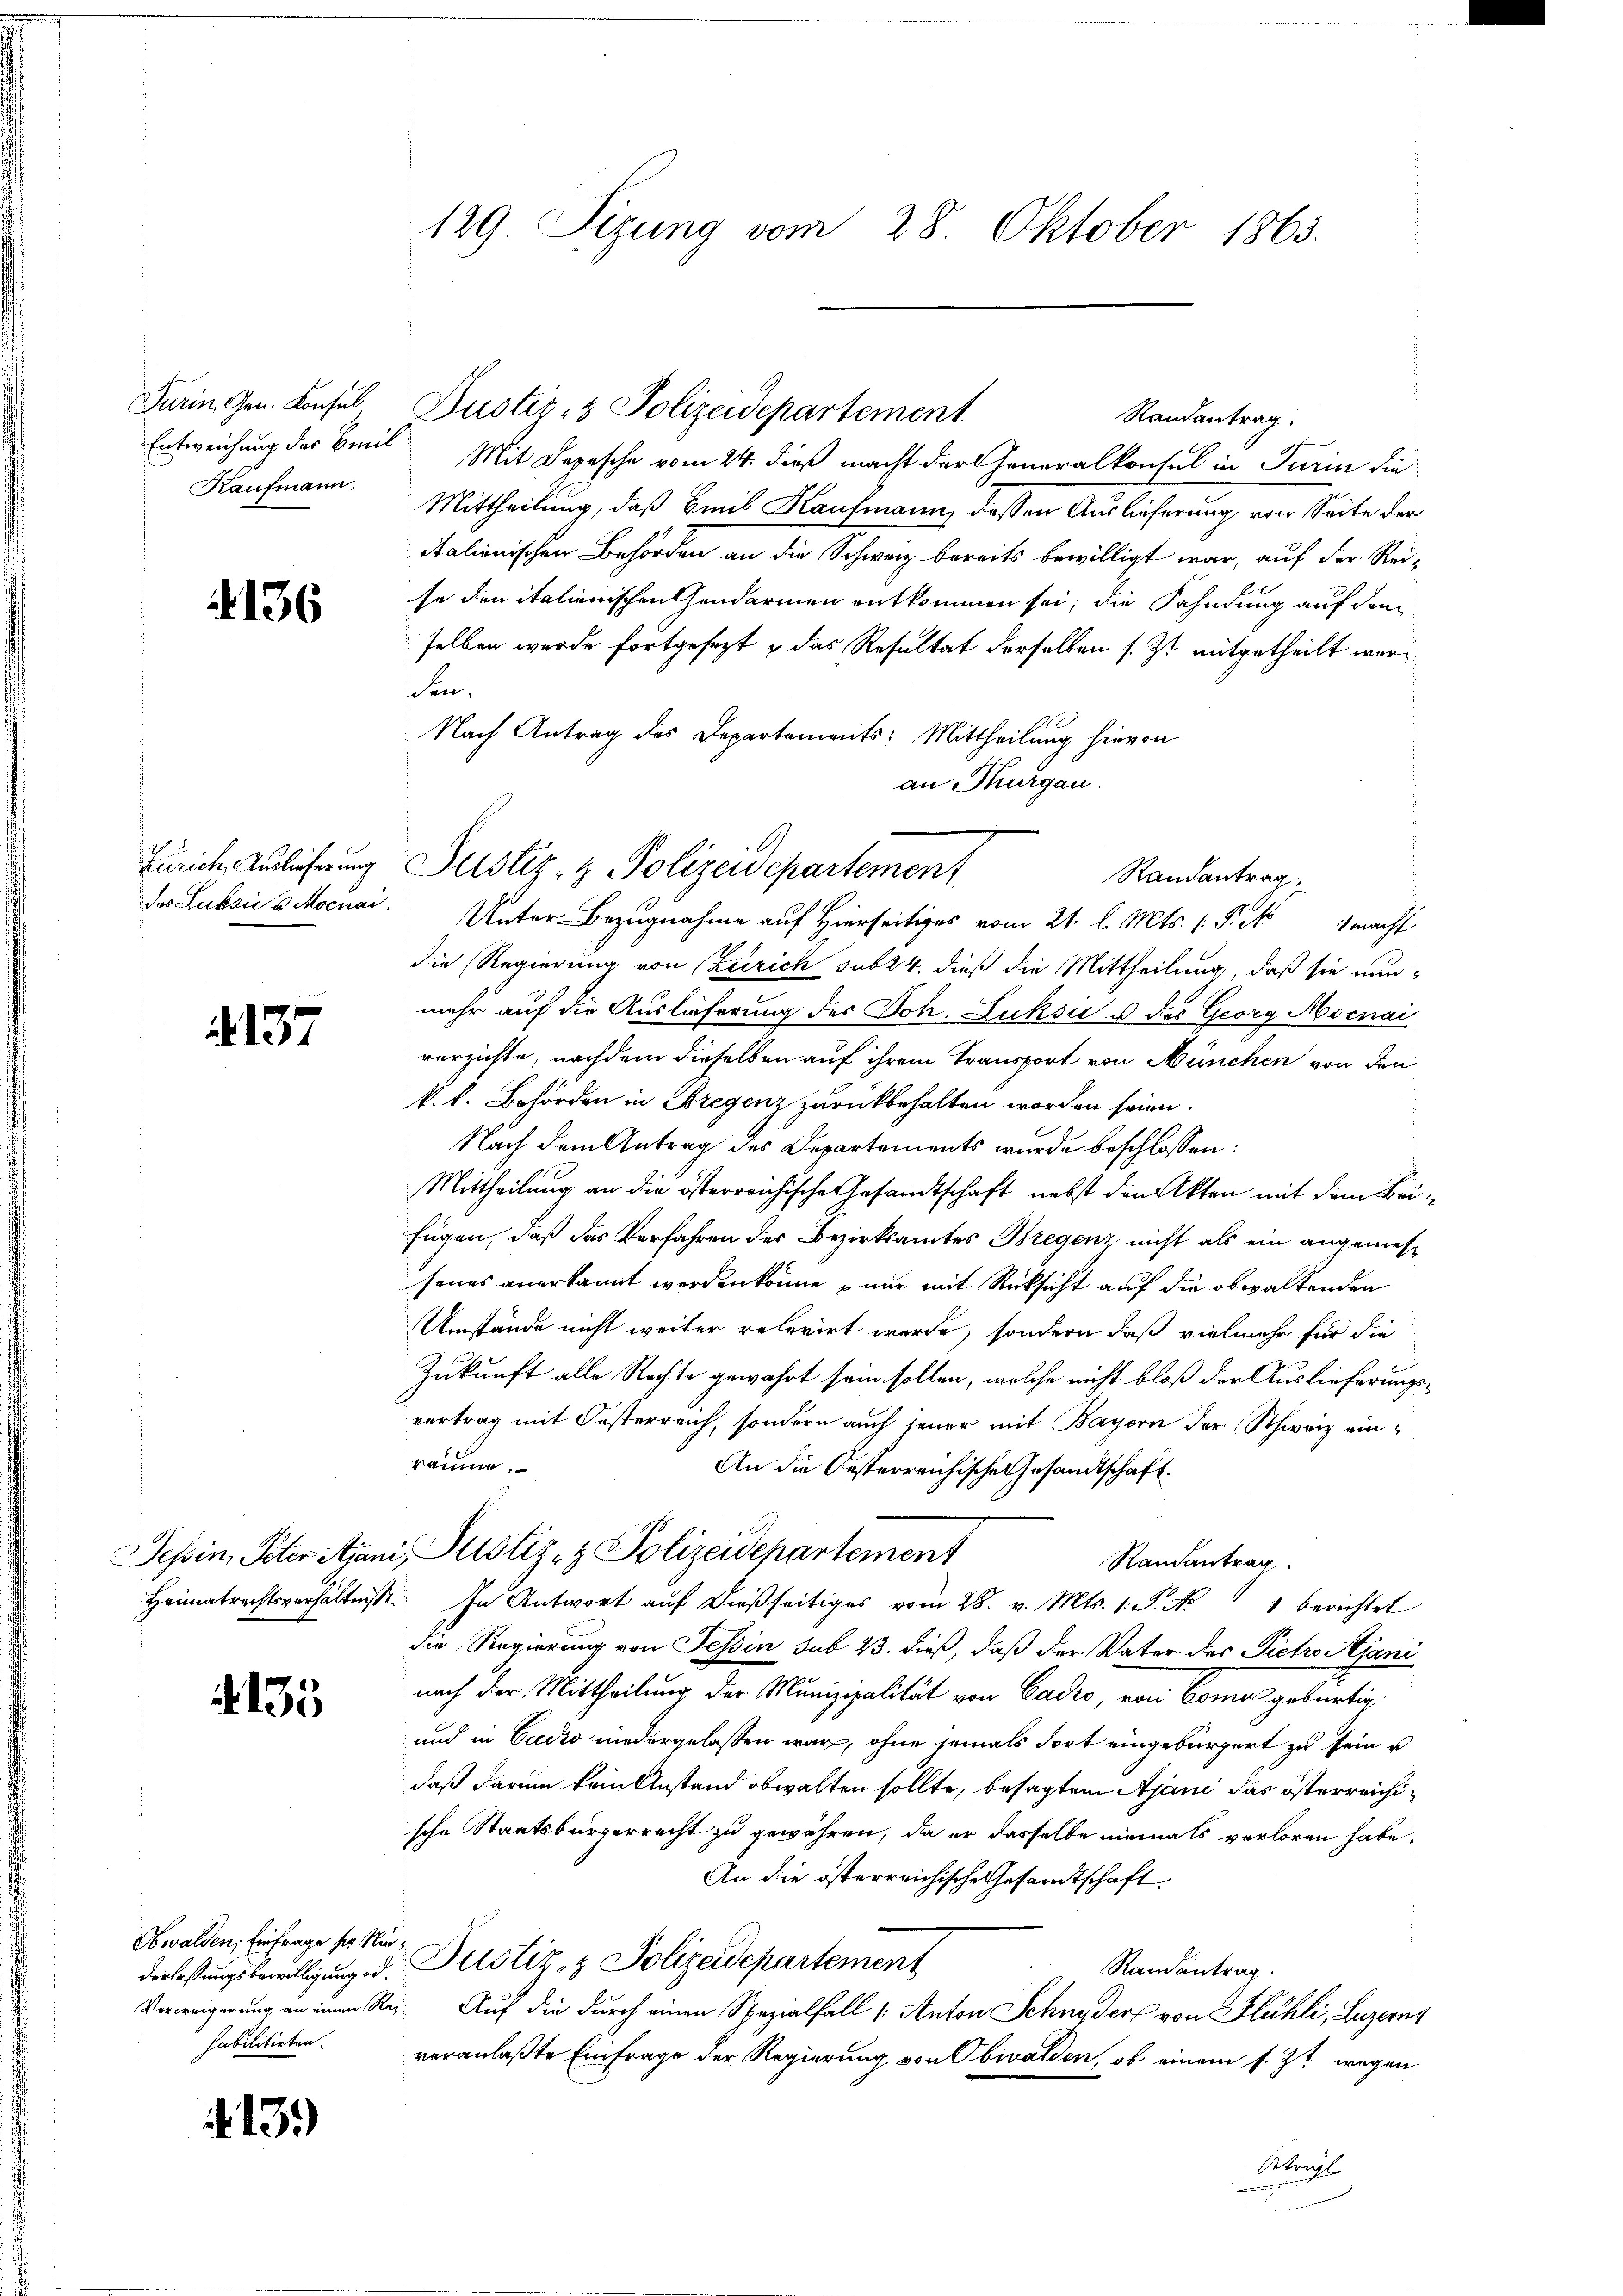
Turin, Gen. Konsul
Entweichung des Breit
Kaufmann.

136

Zürich, Auslieferung
des Subsić u. Mocnai.

137

Tessin, Peter Span
Heimatrechtsverhältnisse.

4135

Obwalden, Einfrage ser Nie¬
Verlassungsbewilligung od.

§. 13.

129. Sizung vom 28. Oktober 1863.

Mit Depesche vom 24. dieß macht der Generalkonsul in Turin die
Mittheilung, daß Emil Kaufmann, dassen Auslicherung von Seite der
Italienischen Behörden an die Schweiz bereits bewilligt war, auf der Re-
se den italienischen Handarmen entkommen sei; die Fahndung auf dem
selben wurde fortgesezt & das Resultat derselben s. Zt. mitgetheilt werden.
Nach Antrag des Departements: Mittheilung hievon
an Thurgau.
Unter-Bezugnahme auf Hierseitiges vom 21. l. Mts. (T. N 1 macht
die Regierung von Zürich sub 24. dieß die Mittheilung, daß sie nunmehr auf die Auslieferung der Joh. Luksić u. des Georg Mocnai
verzichte, nachdem dieselben auf ihrem Transport von München von den
k. k. Behörden in Bregenz zurückbehalten worden seien.
Nach dem Antrag des Departements wurde beschlossen:
Mittheilung an die österreichische Gesandtschaft nebst den Akten mit dem Beifügen, daß das Verfahren des Bezirksamtes Bregenz nicht als ein angemessenes anerkannt werden könne – nur mit Rücksicht auf die obwaltenden
Umstände nicht weiter referirt werde, sondern daß vielmehr für die
Zukunft alle Rechte gewahrt sein sollen, welche nicht bloß der Auslieferungsvertrag mit Oesterreich, sondern auch jener mit Bayern der Schweiz einraume
An die Oesterreichische Gesandtschaft.
Justiz- & Polizeidepartement
Ramantrag
 In Antwort aŭf dießseitiges vom 28. v. Mts. 1. P. Nr. 1 berichtet
die Regierung von Tessin sub 23. dieß, daß der Vater des Pietro Ajani
nach der Mittheilung der Munizipalität von Cadro, von Como gebürtig
und in Cadio niedergelassen war, ohne jemals dort eingebürgert zu sein u
daß darum kein Anstand obwalten sollte, besagten Ajani das österreichische Staatsbürgerrecht zu gewähren, da er dasselbe niemals verloren habe.
An die österreichische Gesandtschaft
Justiz- & Polizeidepartement
Randantrag.
Verweigerung an eine Reg. Auf die durch einen Spezialfall (Anton Schnyder von Flühli, Luzern
habilitirten. veranlaßte Einfrage der Regierung von Obwalden, ob einem s. Zt. wegen
Sttragt

Justiz- & Polizeidepartement

Justiz- & Polizeidepartement
Randantrag,

Randantrag.